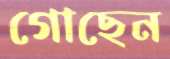
গোছেন